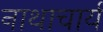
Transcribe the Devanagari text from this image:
नाथाचार्य